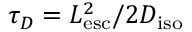
\tau _ { D } = L _ { \mathrm { e s c } } ^ { 2 } / 2 D _ { \mathrm { i s o } }